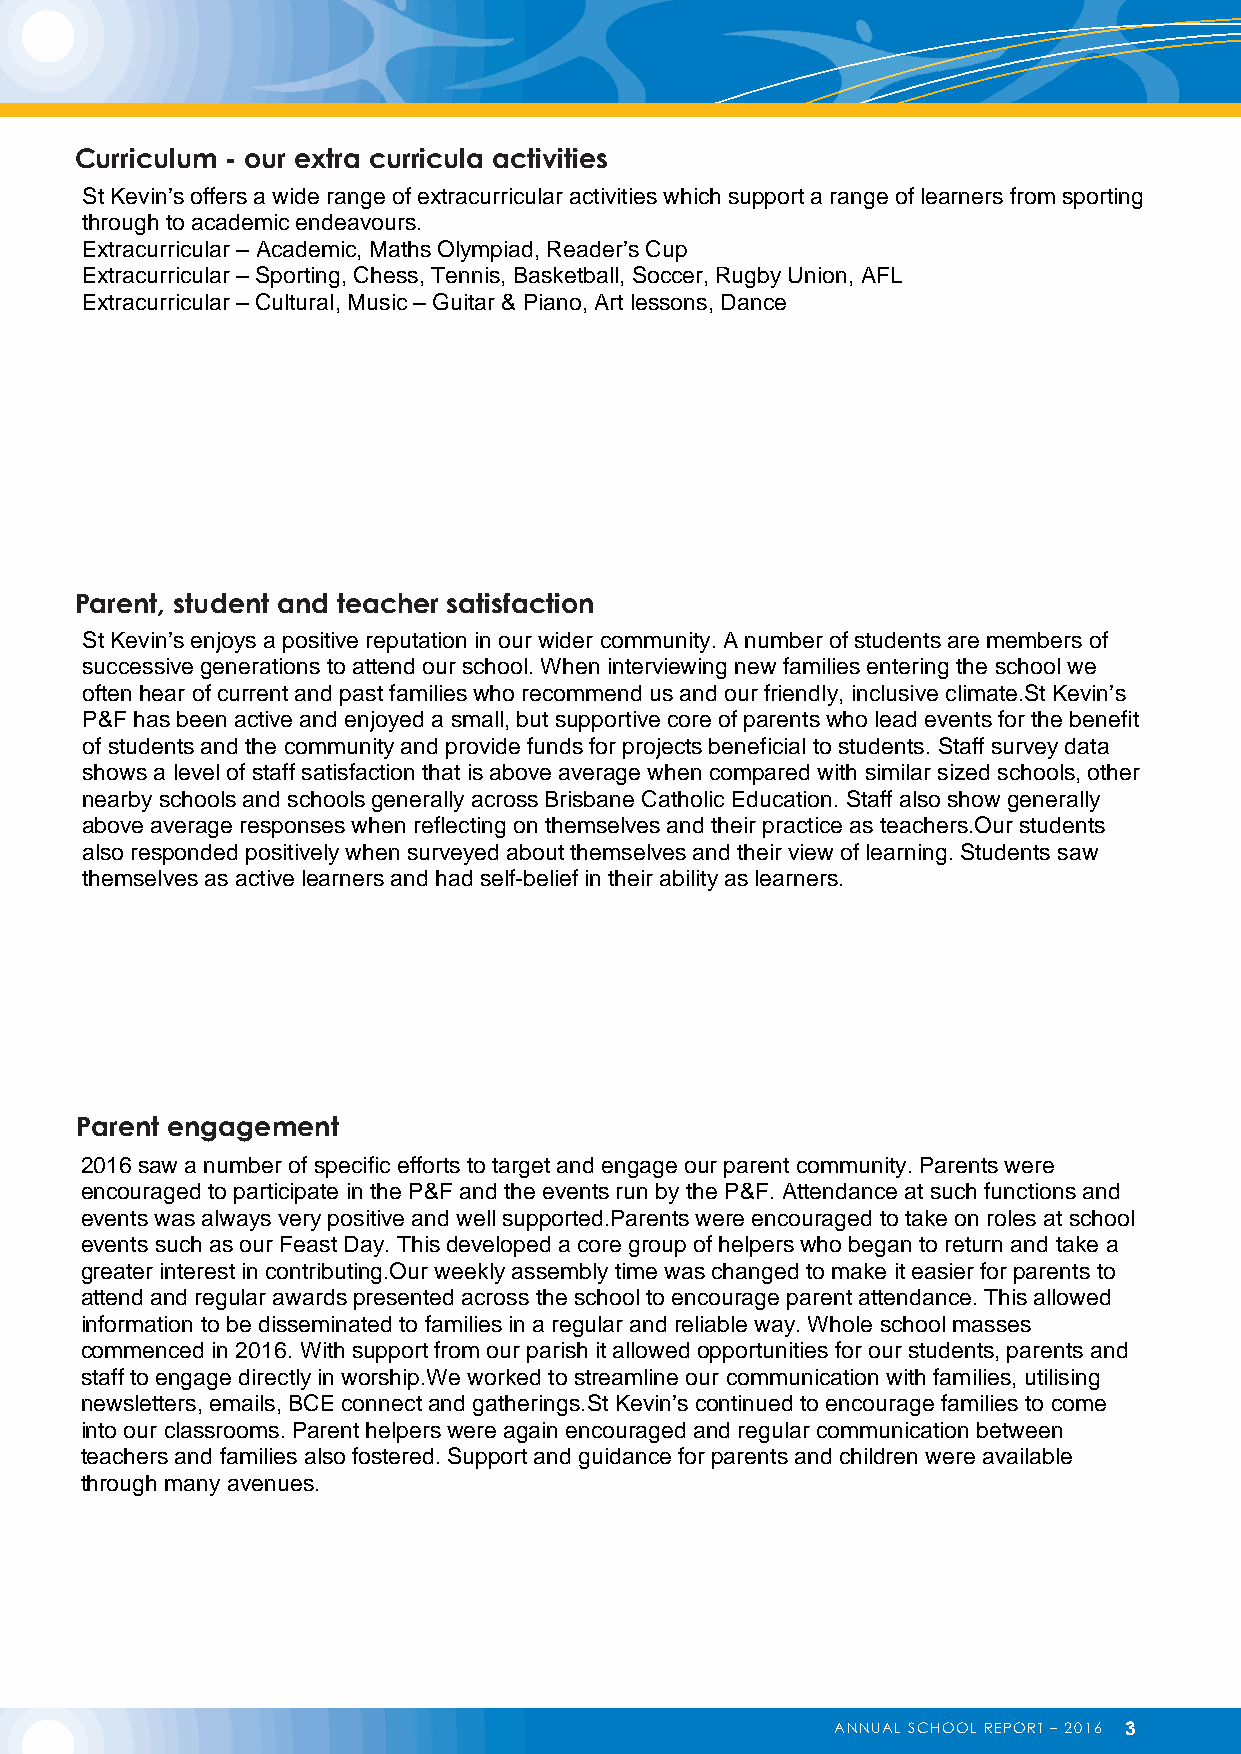
Curriculum - our extra curricula activities
 St Kevin’s offers a wide range of extracurricular activities which support a range of learners from sporting
 through to academic endeavours.
 Extracurricular – Academic, Maths Olympiad, Reader’s Cup
 Extracurricular – Sporting, Chess, Tennis, Basketball, Soccer, Rugby Union, AFL
 Extracurricular – Cultural, Music – Guitar & Piano, Art lessons, Dance
 Parent, student and teacher satisfaction
 St Kevin’s enjoys a positive reputation in our wider community. A number of students are members of
 successive generations to attend our school. When interviewing new families entering the school we
 often hear of current and past families who recommend us and our friendly, inclusive climate.St Kevin’s
 P&F has been active and enjoyed a small, but supportive core of parents who lead events for the benefit
 of students and the community and provide funds for projects beneficial to students. Staff survey data
 shows a level of staff satisfaction that is above average when compared with similar sized schools, other
 nearby schools and schools generally across Brisbane Catholic Education. Staff also show generally
 above average responses when reflecting on themselves and their practice as teachers.Our students
 also responded positively when surveyed about themselves and their view of learning. Students saw
 themselves as active learners and had self-belief in their ability as learners.
 Parent engagement
 2016 saw a number of specific efforts to target and engage our parent community. Parents were
 encouraged to participate in the P&F and the events run by the P&F. Attendance at such functions and
 events was always very positive and well supported.Parents were encouraged to take on roles at school
 events such as our Feast Day. This developed a core group of helpers who began to return and take a
 greater interest in contributing.Our weekly assembly time was changed to make it easier for parents to
 attend and regular awards presented across the school to encourage parent attendance. This allowed
 information to be disseminated to families in a regular and reliable way. Whole school masses
 commenced in 2016. With support from our parish it allowed opportunities for our students, parents and
 staff to engage directly in worship.We worked to streamline our communication with families, utilising
 newsletters, emails, BCE connect and gatherings.St Kevin’s continued to encourage families to come
 into our classrooms. Parent helpers were again encouraged and regular communication between
 teachers and families also fostered. Support and guidance for parents and children were available
 through many avenues.
 ANNUAL SCHOOL REPORT – 2016 3